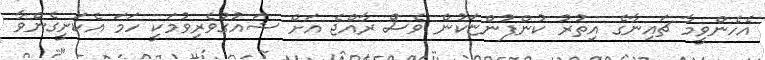
އެހެންވީމާ ޗައިނާގެ އިތުރު ކުންފުންޏަކުން ވެސް ރާއްޖެ އަށް ޝައުގުވެރިވުމަކީ ހަމަ އެކަށީގެންވާ